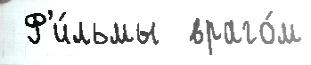
 Ф'и́льмы  враго́м